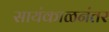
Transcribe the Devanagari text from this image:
सायंकाळनंतर